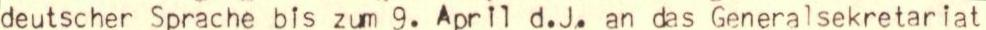
deutscher Sprache bis zum 9. April d.J. an das Generalsekretariat